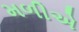
મળીએ